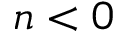
n < 0